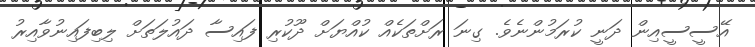
އޭސީސީއިން ދަނީ ކުރަމުންނެވެ. ގިނަ ރަށްތަކެއް ކުއްޔަށް ދޫކުރި ފައިސާ ދައުލަތަށް ލިބިފައިނުވާއިރު